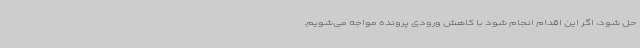
حل شود، اگر این اقدام انجام شود با کاهش ورودی پرونده مواجه می‌شویم.